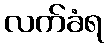
လက်ခံရ